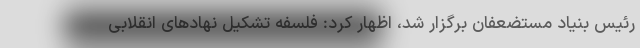
رئیس بنیاد مستضعفان برگزار شد، اظهار کرد: فلسفه تشکیل نهادهای انقلابی